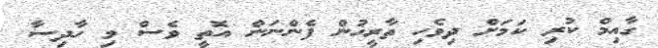
ގާއިމް ކުރި ކަމަށް ދިވެހި ތާރީޚުން ފެންނަން އޮތީ ވެސް މި ހާދިސާ